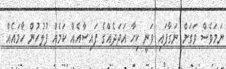
ނަމަވެސް ވަގަށް ނަގާފައި ވަނީ ކިހާ އަދަދެއްގެ ފައިސާއެއް ކަމެއް ފުލުހުން ހާމައެއް